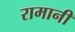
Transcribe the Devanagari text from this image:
रामानी